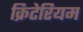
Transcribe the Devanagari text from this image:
क्रिटेरियम